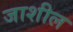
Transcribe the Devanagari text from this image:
जाशील